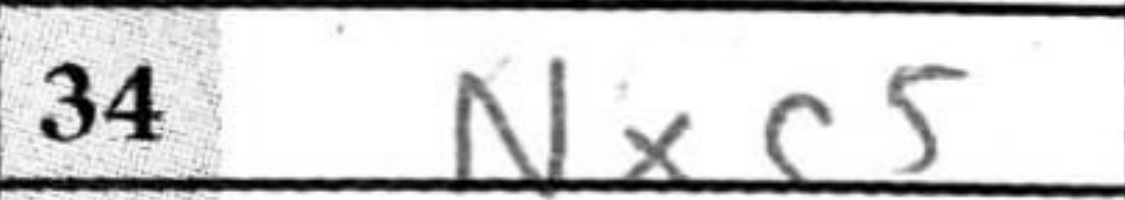
Transcription: Nxc5